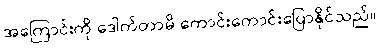
အကြောင်းကို ဒေါက်တာမိ ကောင်းကောင်းပြောနိုင်သည်။